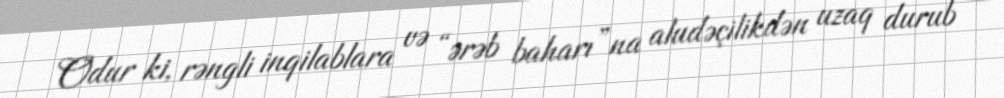
Odur ki, rəngli inqilablara və “ərəb baharı”na aludəçilikdən uzaq durub